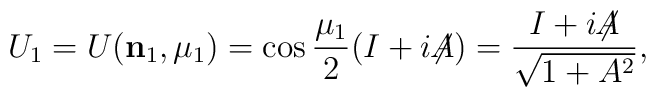
U_1 = U({\bf n}_1,\mu_1) = \cos{\frac{\mu_1}2}(I+i{\not\!\! A})  = {I+i{\not\!\! A}\over\sqrt{1+A^2}},